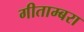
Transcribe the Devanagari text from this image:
गीताम्बरा